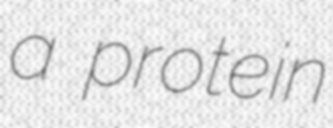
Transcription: a protein